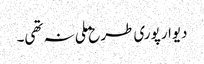
دیوار پوری طرح ملی نہ تھی۔